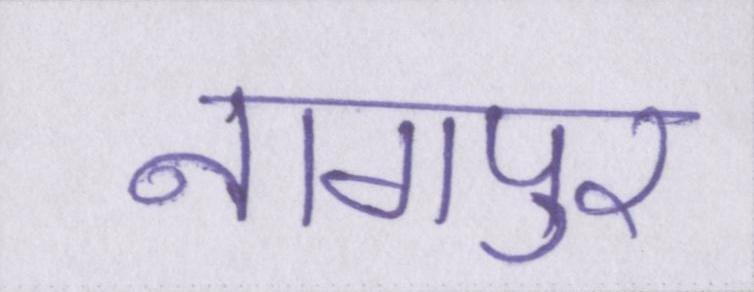
नागपुर